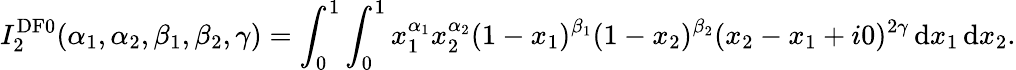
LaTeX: I_{2}^{\mathrm{DF}0}(\alpha_{1},\alpha_{2},\beta_{1},\beta_{2},\gamma)=\int_{0}^{1}\int_{0}^{1}x_{1}^{\alpha_{1}}x_{2}^{\alpha_{2}}(1-x_{1})^{\beta_{1}}(1-x_{2})^{\beta_{2}}(x_{2}-x_{1}+i0)^{2\gamma}\, \mathrm{d}x_{1}\, \mathrm{d}x_{2}.